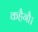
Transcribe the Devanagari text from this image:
कहैगौ।